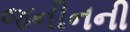
જનીનની